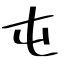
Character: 屯